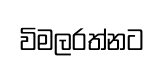
විමලරත්නට